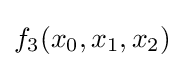
f_{3}(x_{0},x_{1},x_{2})